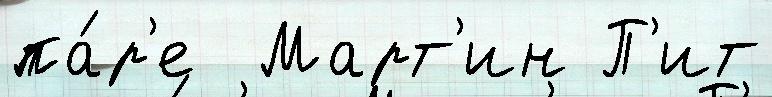
па́р'е  Март'ин П'ит